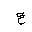
Letter: _ayn